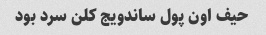
حیف اون پول ساندویج کلن سرد بود